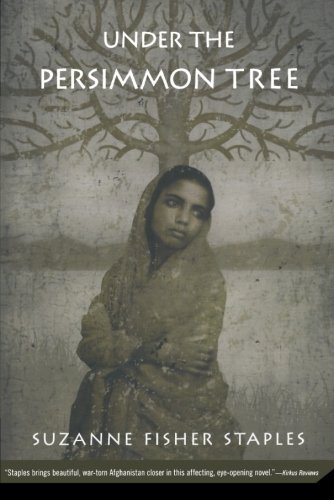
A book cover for Under the Persimmon Tree; Suzanne Fisher Staples; Teen & Young Adult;